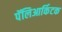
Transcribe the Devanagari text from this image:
पॅलिआर्किटक